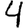
Digit: 4